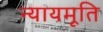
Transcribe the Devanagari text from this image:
न्यायमूति